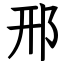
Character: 邢